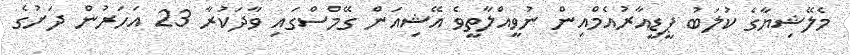
މެލޭޝިޔާގެ ކުލަބު ޕީޑީއާރުއެމްއިން ނުވީއްލާތީވެ އޭޝިއަން ގޭމްސްގައި ވާދަކުރާ 23 އަހަރުން ދަށުގެ